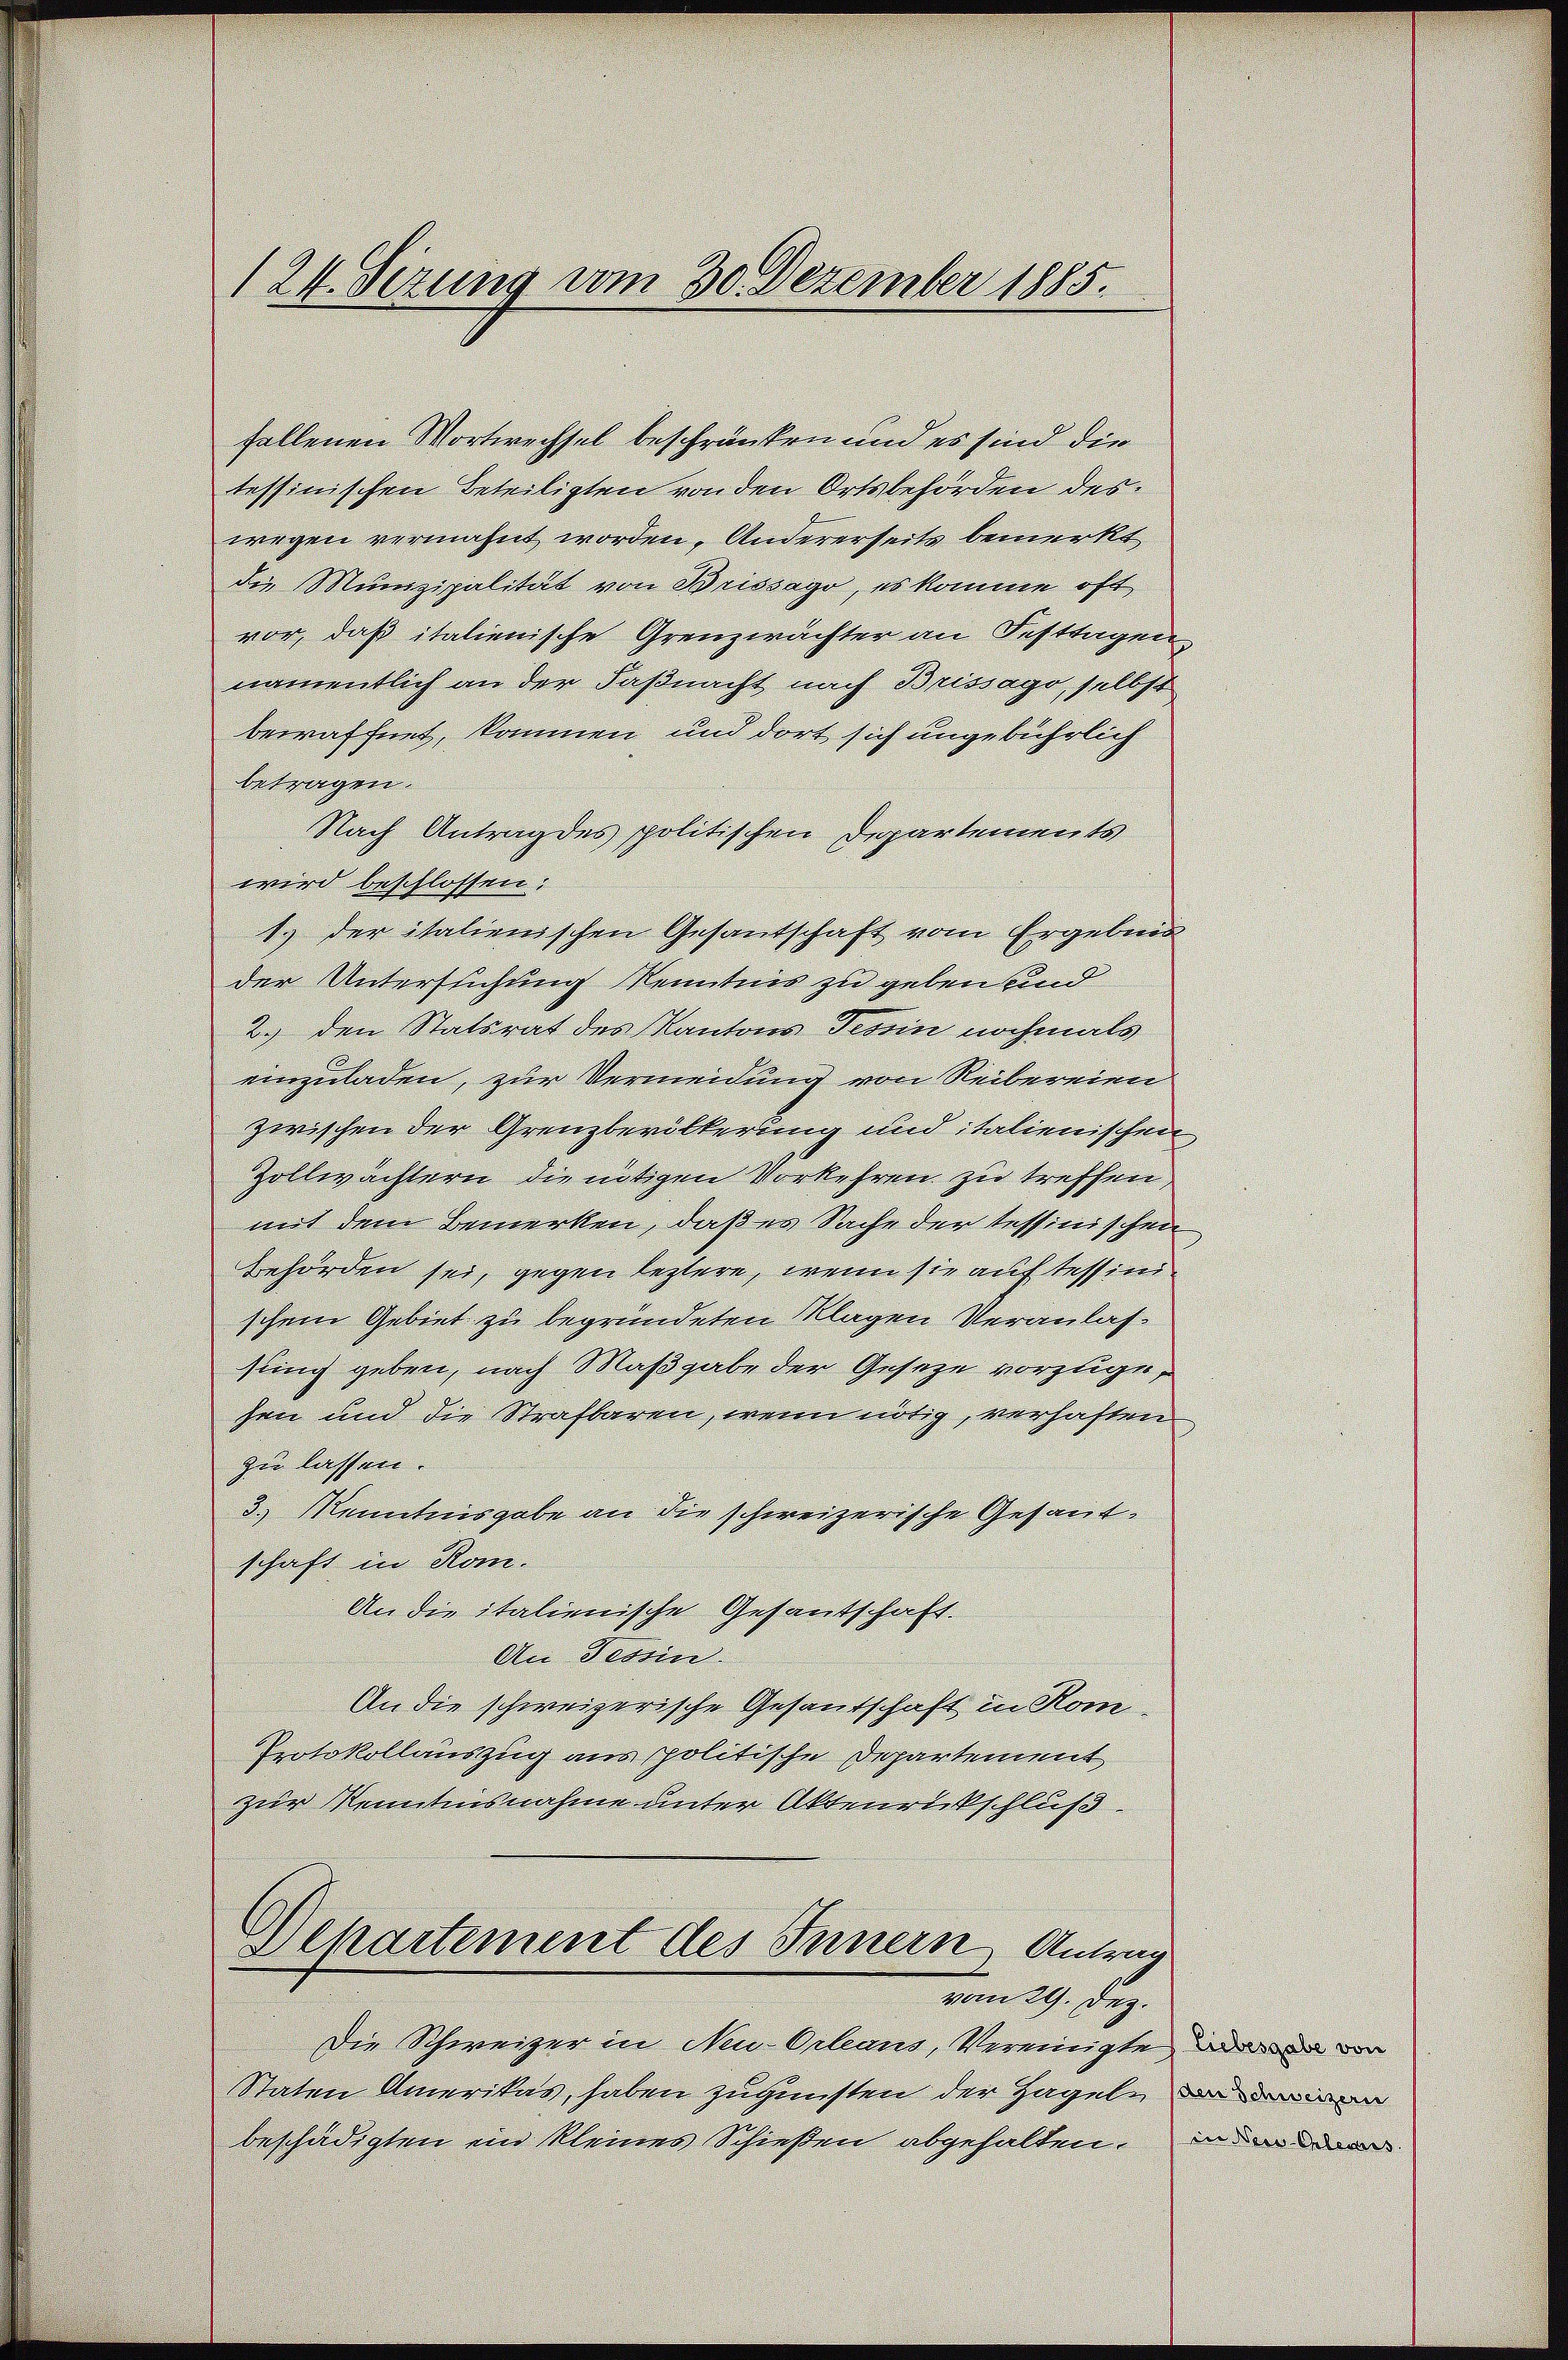
1 24. Sezung vom 30. Dezember 1885.

fallenen Wortwechsel beschränken und es sind die
tessinischen Beteiligten von den Ortsbehörden des
wegen vermahnt worden. Andererseits bemerkt
die Munizipalität von Brissago, es komme oft
vor, daß italienische Grenzwachter an Festtagen
namentlich an der Faßnacht nach Brissago, selbst
bewaffnet, kommen und dort sich ungebührlich
betragen.
Nach Antrag des politischen Departements
wird beschlossen:
1. der italienischen Gesantschaft vom Ergebnis
der Untersuchung Kenntnis zu geben und
2.) den Statsrat des Kantons Tessin nochmals
einzuladen, zur Vermeidung von Reibereien
zwischen der Grenzbevölkerung und italienischen
Zollwächtern die nötigen Vorkehren zu treffen,
mit dem Bemerken, daß es Sache der tessinischen
behörden sei, gegen leztere, wenn sie auf tessinischem Gebiet zu begründeten Klagen Veranlassung geben, nach Maßgabe der Geseze vorzugehen und die Strafbaren, wenn nötig, verhaften
zu lassen.
3.) Kenntnisgabe an die schweizerische Gesant.
schaft in Rom.
An die italienische Gesantschaft.
An Tessin.
An die schweizerische Gesandschaft in Kom¬
Protokollauszug aus spolitische Departement
zur Kenntnisnahme unter Aktenrückschluß.

Departement des Innern, Antrag
vom 29. Dez.

Die Schweizer in Neu-Orleans, Vereinigte, der vor
Staten Amerikas, haben zugunsten der Hageln un
beschädigten ein kleines Schießen abgehalten.

in Neid Geleis